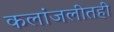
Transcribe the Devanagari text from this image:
कलांजलीतही